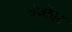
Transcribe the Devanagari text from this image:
बेंजोंएट